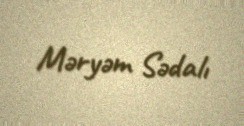
Məryəm Sədalı